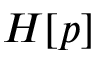
H [ p ]